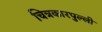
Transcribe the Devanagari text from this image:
चित्रकारपुल्ली